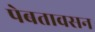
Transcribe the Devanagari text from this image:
पेबतावसन